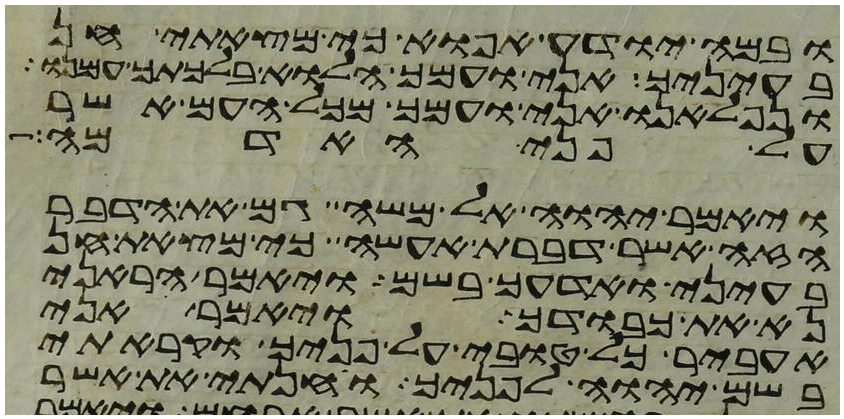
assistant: ובמה יודע אפוא כי מצאתי חן
בעיניך אני ועמך הלוא בלכתך עמנו
ונפלאנו אני ועמך מכל העם אשר
על פני האדמה
ויאמר יהוה אל משה גם את הדבר
הזה אשר דברת אעשה כי מצאת חן
בעיני ואדעך בשם ויאמר הראני
נא את כבודך ויאמר אני
אעביר כל טובי על פניך וקראתי
בשם יהוה לפניך וחנתי את אשר